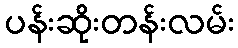
ပန်းဆိုးတန်းလမ်း